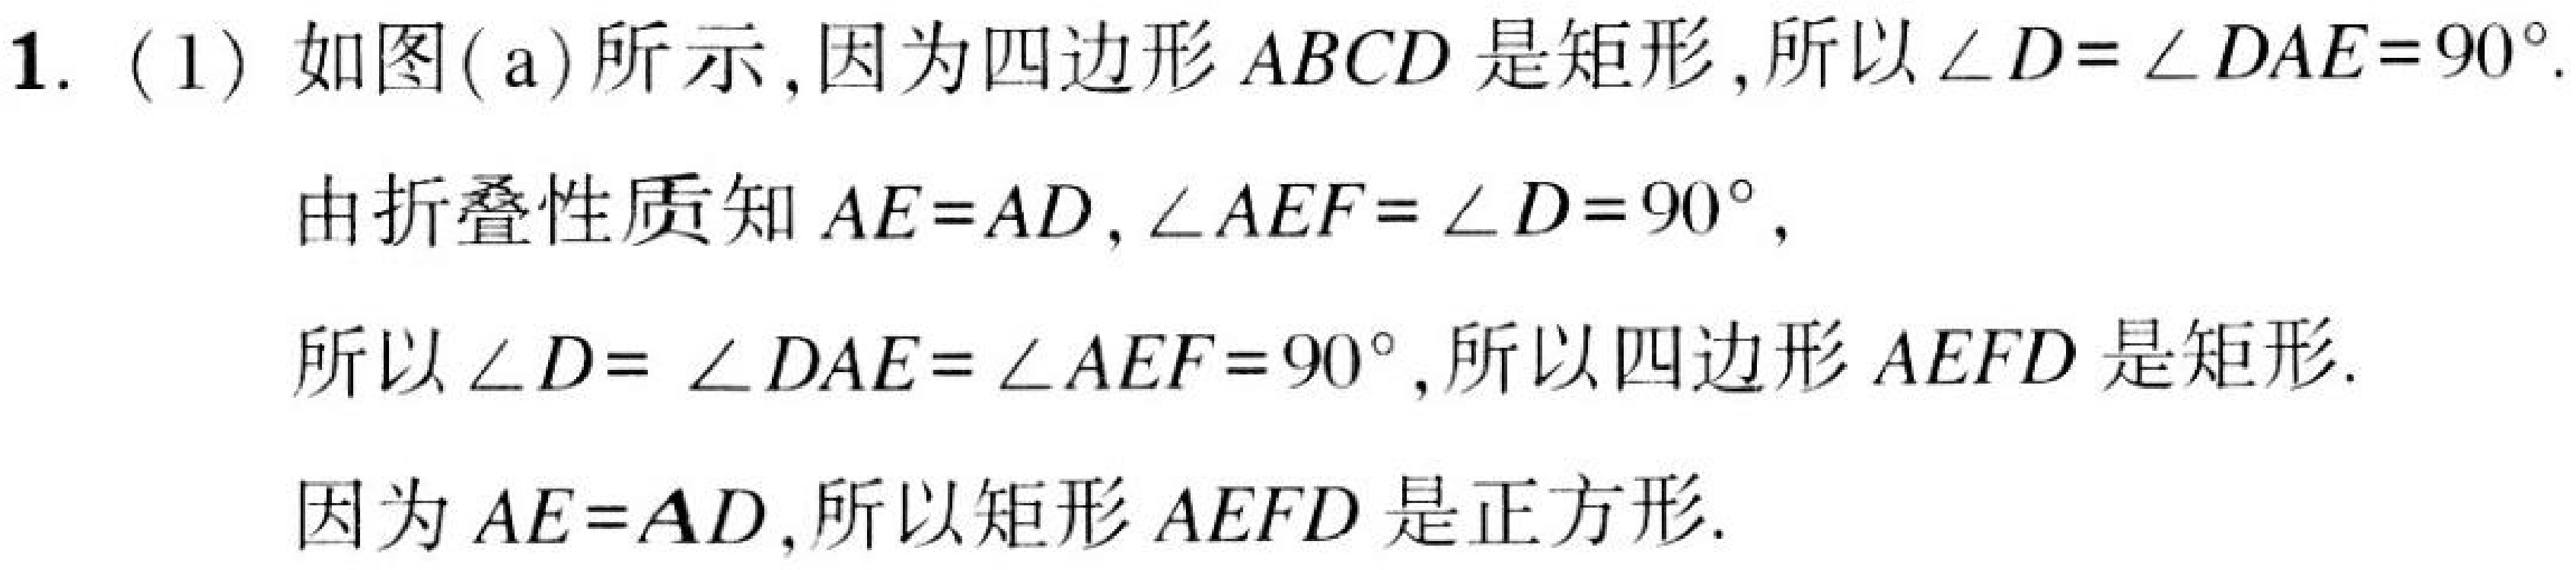
1. (1) 如图(a)所示, 因为四边形 \(ABCD\) 是矩形, 所以 \(\angle D=\angle DAE = 90^{\circ}\).
由折叠性质知 \(AE = AD\), \(\angle AEF=\angle D = 90^{\circ}\),
所以 \(\angle D=\angle DAE=\angle AEF = 90^{\circ}\), 所以四边形 \(AEFD\) 是矩形.
因为 \(AE = AD\), 所以矩形 \(AEFD\) 是正方形.